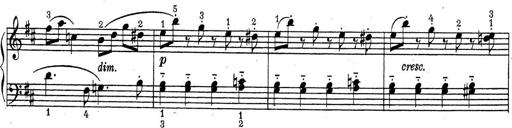
Title: ÄŒeskÃ© Sonatiny
Composer: Various